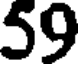
59